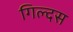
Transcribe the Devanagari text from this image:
गिल्दस